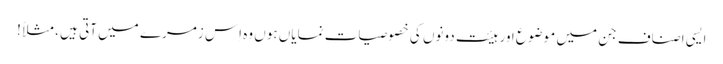
ایسی اصناف جن میں موضوع اور ہیئت دونوں کی خصوصیات نمایاں ہوں وہ اِس زمرے میں آتی ہیں ، مثلاً !